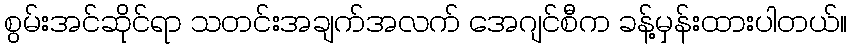
စွမ်းအင်ဆိုင်ရာ သတင်းအချက်အလက် အေဂျင်စီက ခန့်မှန်းထားပါတယ်။